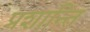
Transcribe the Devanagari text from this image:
प्रशान्ति